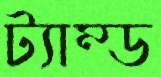
ট্যাম্ড